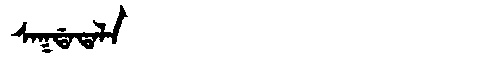
Manchu: ᠰᠠᡴᡩᠠᡨᠠᠯᠠ
Romanization: SAKDATALA